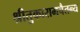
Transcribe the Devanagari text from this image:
श्रीतुकारामचैतन्य